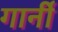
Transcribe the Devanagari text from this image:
गार्नी